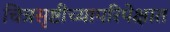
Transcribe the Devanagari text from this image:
चित्रसृष्टीच्यापरिपेक्षात